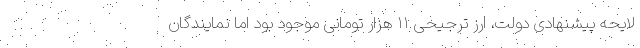
لایحه پیشنهادی دولت، ارز ترجیحی ۱۱ هزار تومانی موجود بود اما نمایندگان